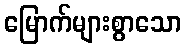
မြောက်များစွာသော